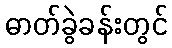
ဓာတ်ခွဲခန်းတွင်